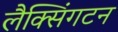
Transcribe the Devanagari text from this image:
लैक्सिंगटन